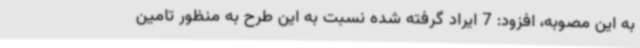
به این مصوبه، افزود: 7 ایراد گرفته شده نسبت به این طرح به منظور تامین